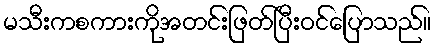
မသီးကစကားကိုအတင်းဖြတ်ပြီးဝင်ပြောသည်။